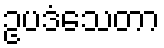
ဥပဒံသေတာ